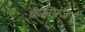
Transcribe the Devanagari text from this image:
कैरिएज